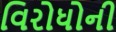
વિરોધોની